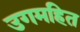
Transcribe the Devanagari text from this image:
उगमहित